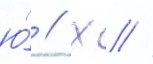
ю́ // Х //